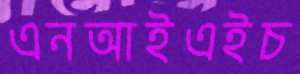
এনআইএইচ